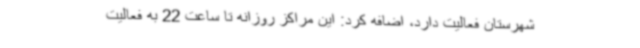
شهرستان فعالیت دارد، اضافه کرد: این مراکز روزانه تا ساعت 22 به فعالیت